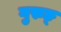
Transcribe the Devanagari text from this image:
गुरुङ्